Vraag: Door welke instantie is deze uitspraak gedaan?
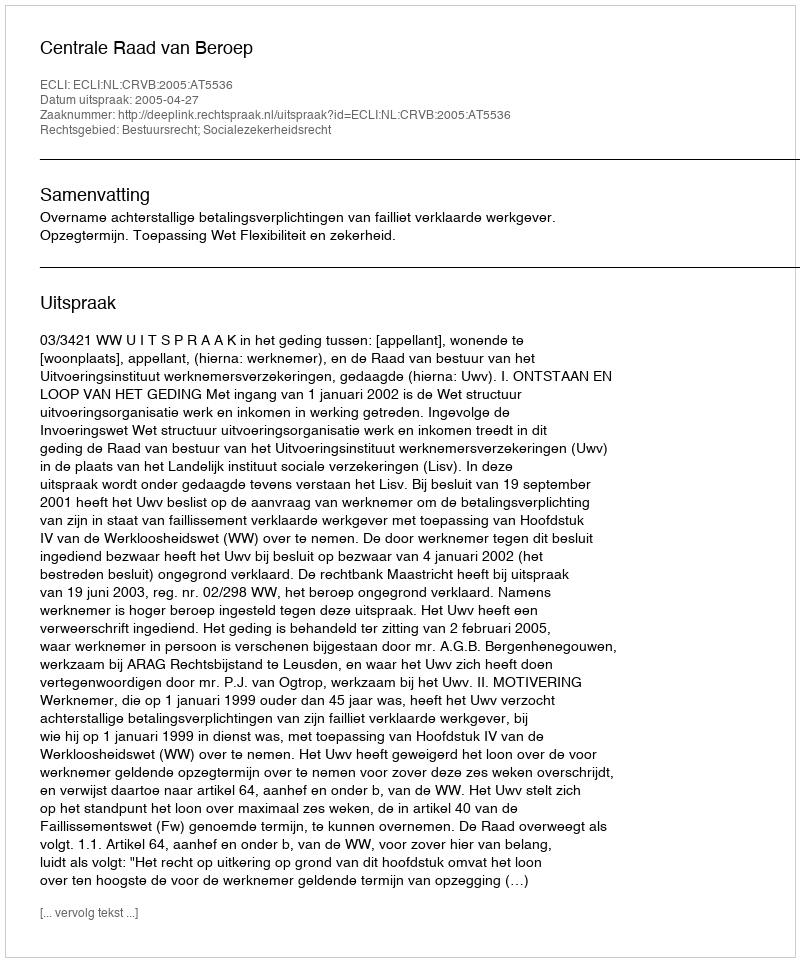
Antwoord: Centrale Raad van Beroep